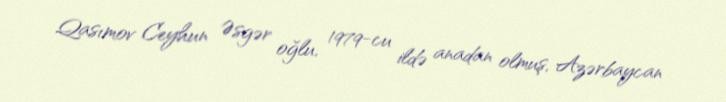
Qasımov Ceyhun Əsgər oğlu, 1979-cu ildə anadan olmuş, Azərbaycan